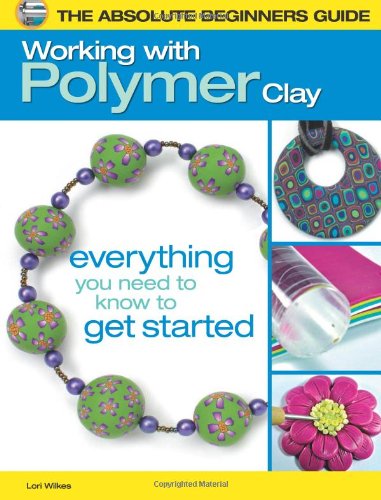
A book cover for The Absolute Beginners Guide: Working with Polymer Clay; Lori Wilkes; Crafts, Hobbies & Home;